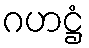
ဂဟဋ္ဌံ